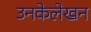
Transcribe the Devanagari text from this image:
उनकेलेखन